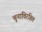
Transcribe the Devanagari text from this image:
चुनाविरहित